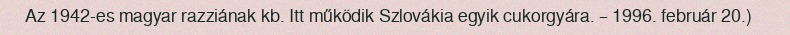
Az 1942-es magyar razziának kb. Itt működik Szlovákia egyik cukorgyára. – 1996. február 20.)